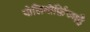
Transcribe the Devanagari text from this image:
पोलिमोर्फ़िज्महै